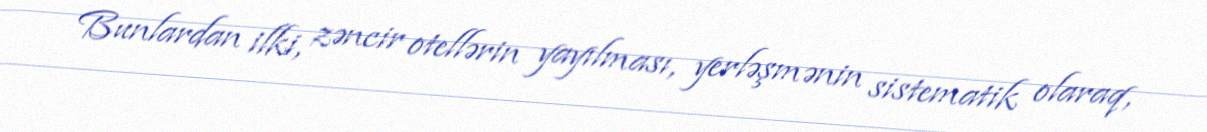
Bunlardan ilki, zəncir otellərin yayılması, yerləşmənin sistematik olaraq,